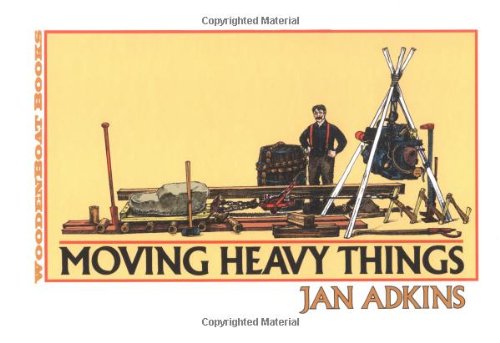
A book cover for Moving Heavy Things; Jan Adkins; Children's Books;